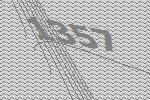
1357